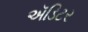
ઍડિટર